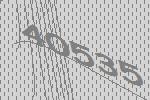
40535